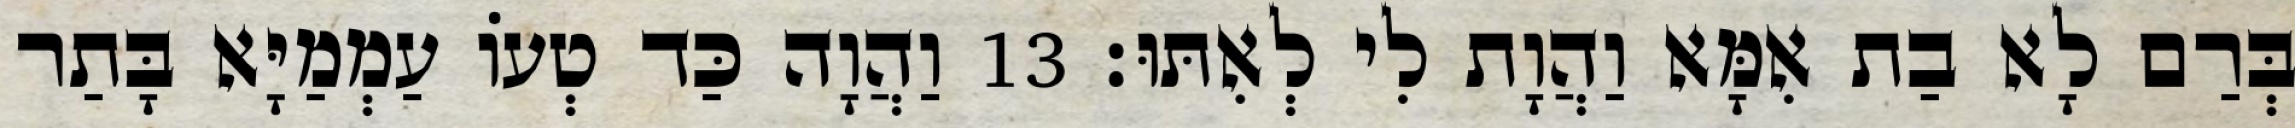
בְּרַם לָא בַת אִמָּא וַהֲוָת לִי לְאִתּוּ׃ 13 וַהֲוָה כַּד טְעוֹ עַמְמַיָּא בָּתַר